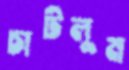
চাটলুম